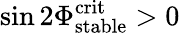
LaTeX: \sin 2\Phi_{\mathrm{stable}}^{\mathrm{crit}}>0